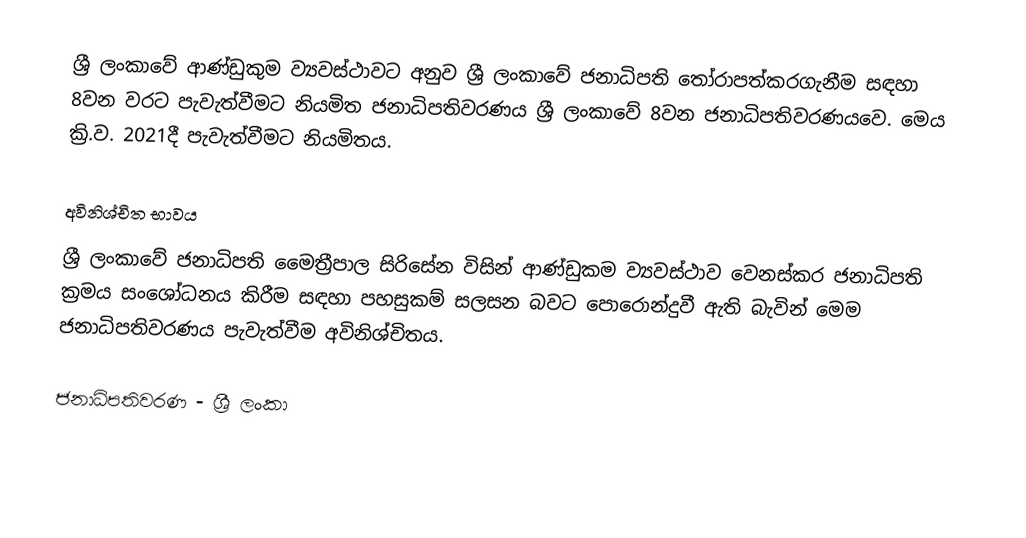
ශ්‍රී ලංකාවේ ආණ්ඩුකුම ව්‍යවස්ථාවට අනුව ශ්‍රී ලංකාවේ ජනාධිපති තෝරාපත්කරගැනීම සඳහා 8වන වරට පැවැත්වීමට නියමිත ජනාධිපතිවරණය ශ්‍රී ලංකාවේ 8වන ජනාධිපතිවරණයවෙ. මෙය ක්‍රි.ව. 2021දී පැවැත්වීමට නියමිතය.

අවිනිශ්චිත භාවය
ශ්‍රී ලංකාවේ ජනාධිපති මෛත්‍රීපාල සිරිසේන විසින් ආණ්ඩුකම ව්‍යවස්ථාව වෙනස්කර ජනාධිපති ක්‍රමය සංශෝධනය කිරීම සඳහා පහසුකම් සලසන බවට පොරොන්දුවී ඇති බැවින් මෙම ජනාධිපතිවරණය පැවැත්වීම අවිනිශ්චිතය.

ජනාධිපතිවරණ - ශ්‍රී ලංකා